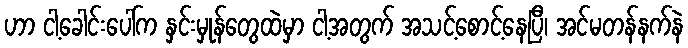
ဟာ ငါ့ခေါင်းပေါ်က နှင်းမှုန်တွေထဲမှာ ငါ့အတွက် အသင့်စောင့်နေပြီ၊ အင်မတန်နက်နဲ